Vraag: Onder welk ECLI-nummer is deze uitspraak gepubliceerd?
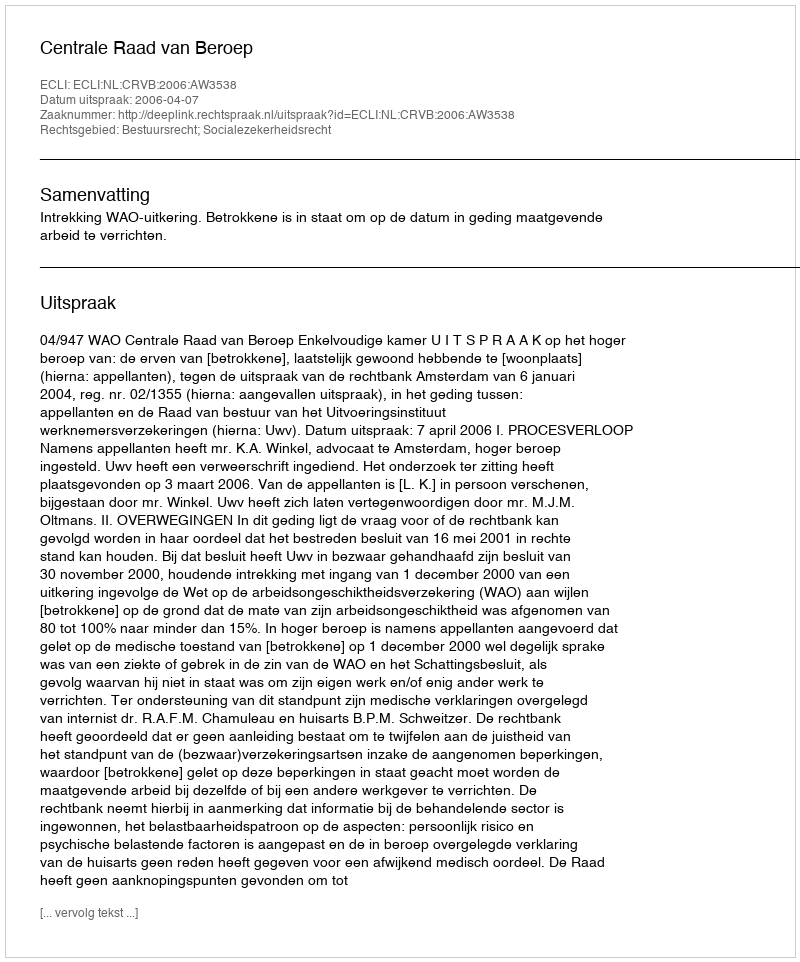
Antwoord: ECLI:NL:CRVB:2006:AW3538